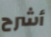
أشرح